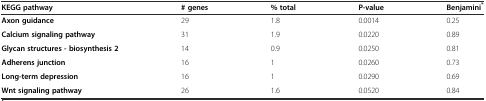
| KEGG pathway | # genes | % total | P-value | Benjamini* |
 | --- | --- | --- | --- | --- |
 | Axon guidance | 29 | 1.8 | 0.0014 | 0.25 |
 | Calcium signaling pathway | 31 | 1.9 | 0.0220 | 0.89 |
 | Glycan structures - biosynthesis 2 | 14 | 0.9 | 0.0250 | 0.81 |
 | Adherens junction | 16 | 1 | 0.0260 | 0.73 |
 | Long-term depression | 16 | 1 | 0.0290 | 0.69 |
 | Wnt signaling pathway | 26 | 1.6 | 0.0520 | 0.84 |